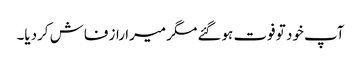
آپ خود تو فوت ہوگئے مگر میرا راز فاش کردیا۔